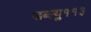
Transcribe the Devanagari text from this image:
डब्ल्यु११३